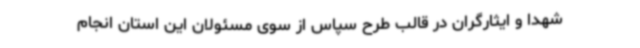
شهدا و ایثارگران در قالب طرح سپاس از سوی مسئولان این استان انجام